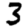
Digit: 3